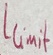
Text: Llimit